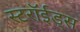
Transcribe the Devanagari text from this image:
स्टरॉईड्स